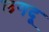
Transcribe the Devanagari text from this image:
लगदू